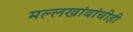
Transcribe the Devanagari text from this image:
मल्लखांबांचीही